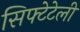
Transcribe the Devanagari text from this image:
सिफ्टेटेली